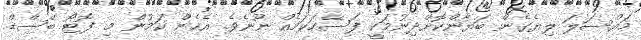
މައްސަލަ ލިޔެގެން ބަޔާންކޮށްދިނުމަކީ ފަސޭހަކަމެއް ނޫނެވެ. އެހެން ކަމުން މި ފޮޓޯ ބޭސްޑް